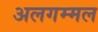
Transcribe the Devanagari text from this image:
अलगम्मल